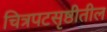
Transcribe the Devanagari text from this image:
चित्रपटसृष्ठीतील